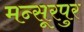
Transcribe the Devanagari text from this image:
मन्सूरपुर